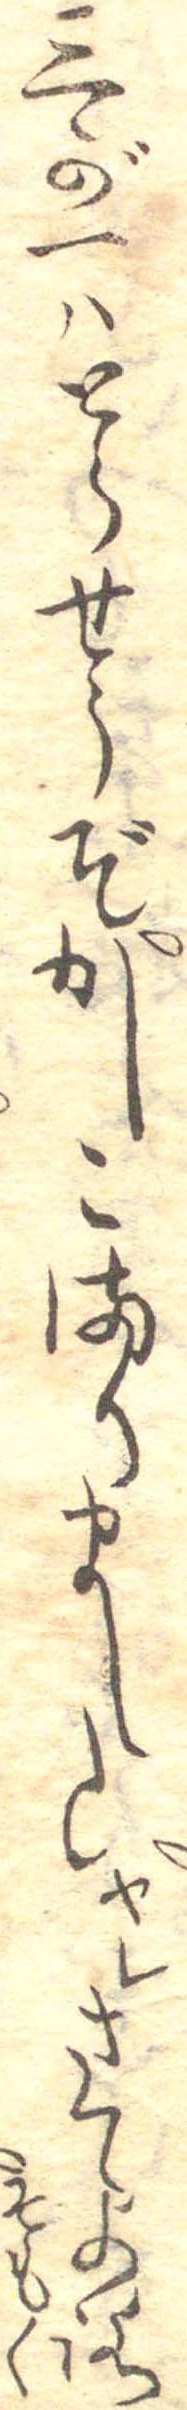
三が一はとらせうぞかしこまりましたヤレさてよろ